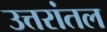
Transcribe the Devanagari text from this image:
उत्तरांतल